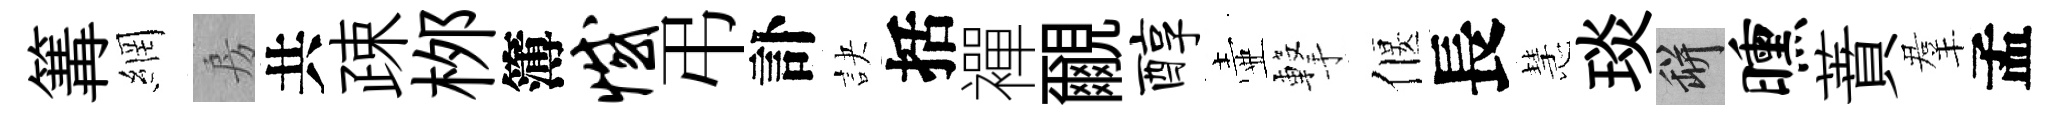
篝網房共疎桞簿憾弔訃訣括襌覼醇壷撃偃長慧琰瓶曛蕡羣孟